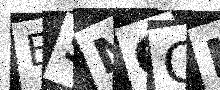
Text: E5NOON